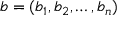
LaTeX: b = ( b _ { 1 } , b _ { 2 } , \dots , b _ { n } )